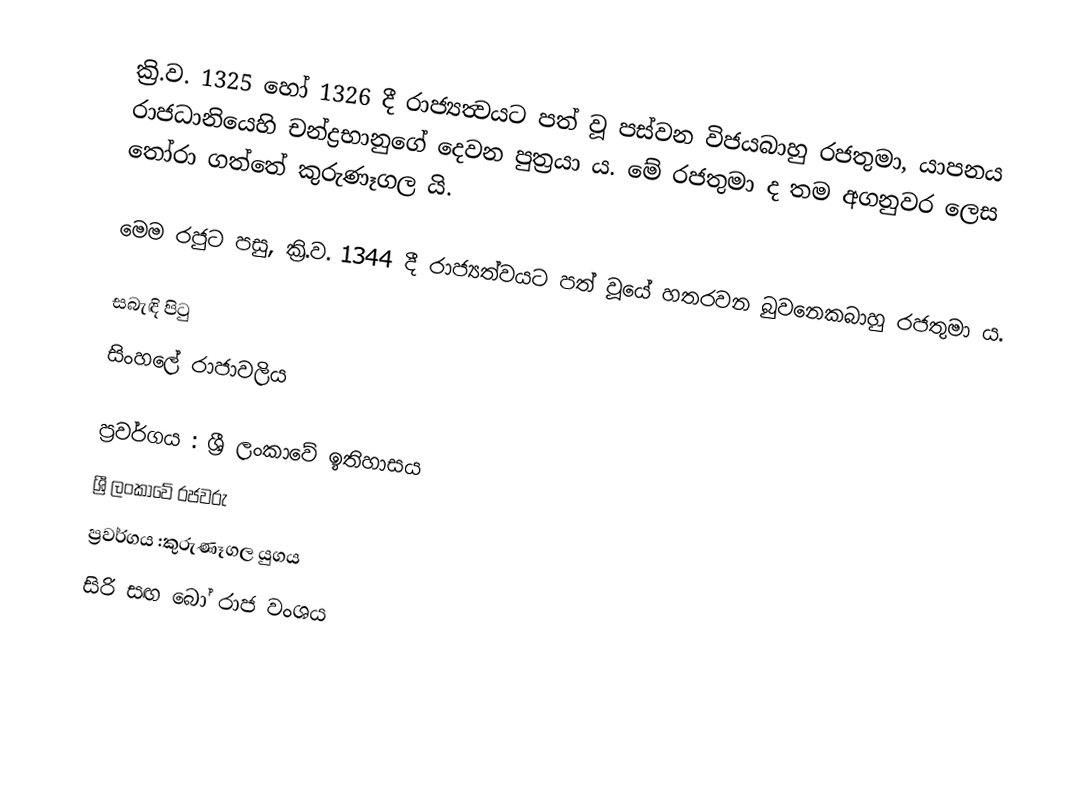
ක්‍රි.ව. 1325 හෝ 1326 දී   රාජ්‍යත්‍වයට පත් වූ පස්වන විජයබාහු රජතුමා, යාපනය රාජධානියෙහි චන්ද්‍රභානුගේ දෙවන පුත්‍රයා ය. මේ  රජතුමා ද තම අගනුවර ලෙස තෝරා ගත්තේ කුරුණෑගල යි.

මෙම රජුට පසු, ක්‍රි.ව. 1344 දී රාජ්‍යත්වයට පත් වූයේ හතරවන බුවනෙකබාහු රජතුමා ය.

සබැඳි පිටු
 සිංහලේ රාජාවලිය

ප්‍රවර්ගය : ශ්‍රී ලංකාවේ ඉතිහාසය
ශ්‍රී ලංකාවේ රජවරු
ප්‍රවර්ගය :කුරුණෑගල යුගය
සිරි සඟ බෝ රාජ වංශය